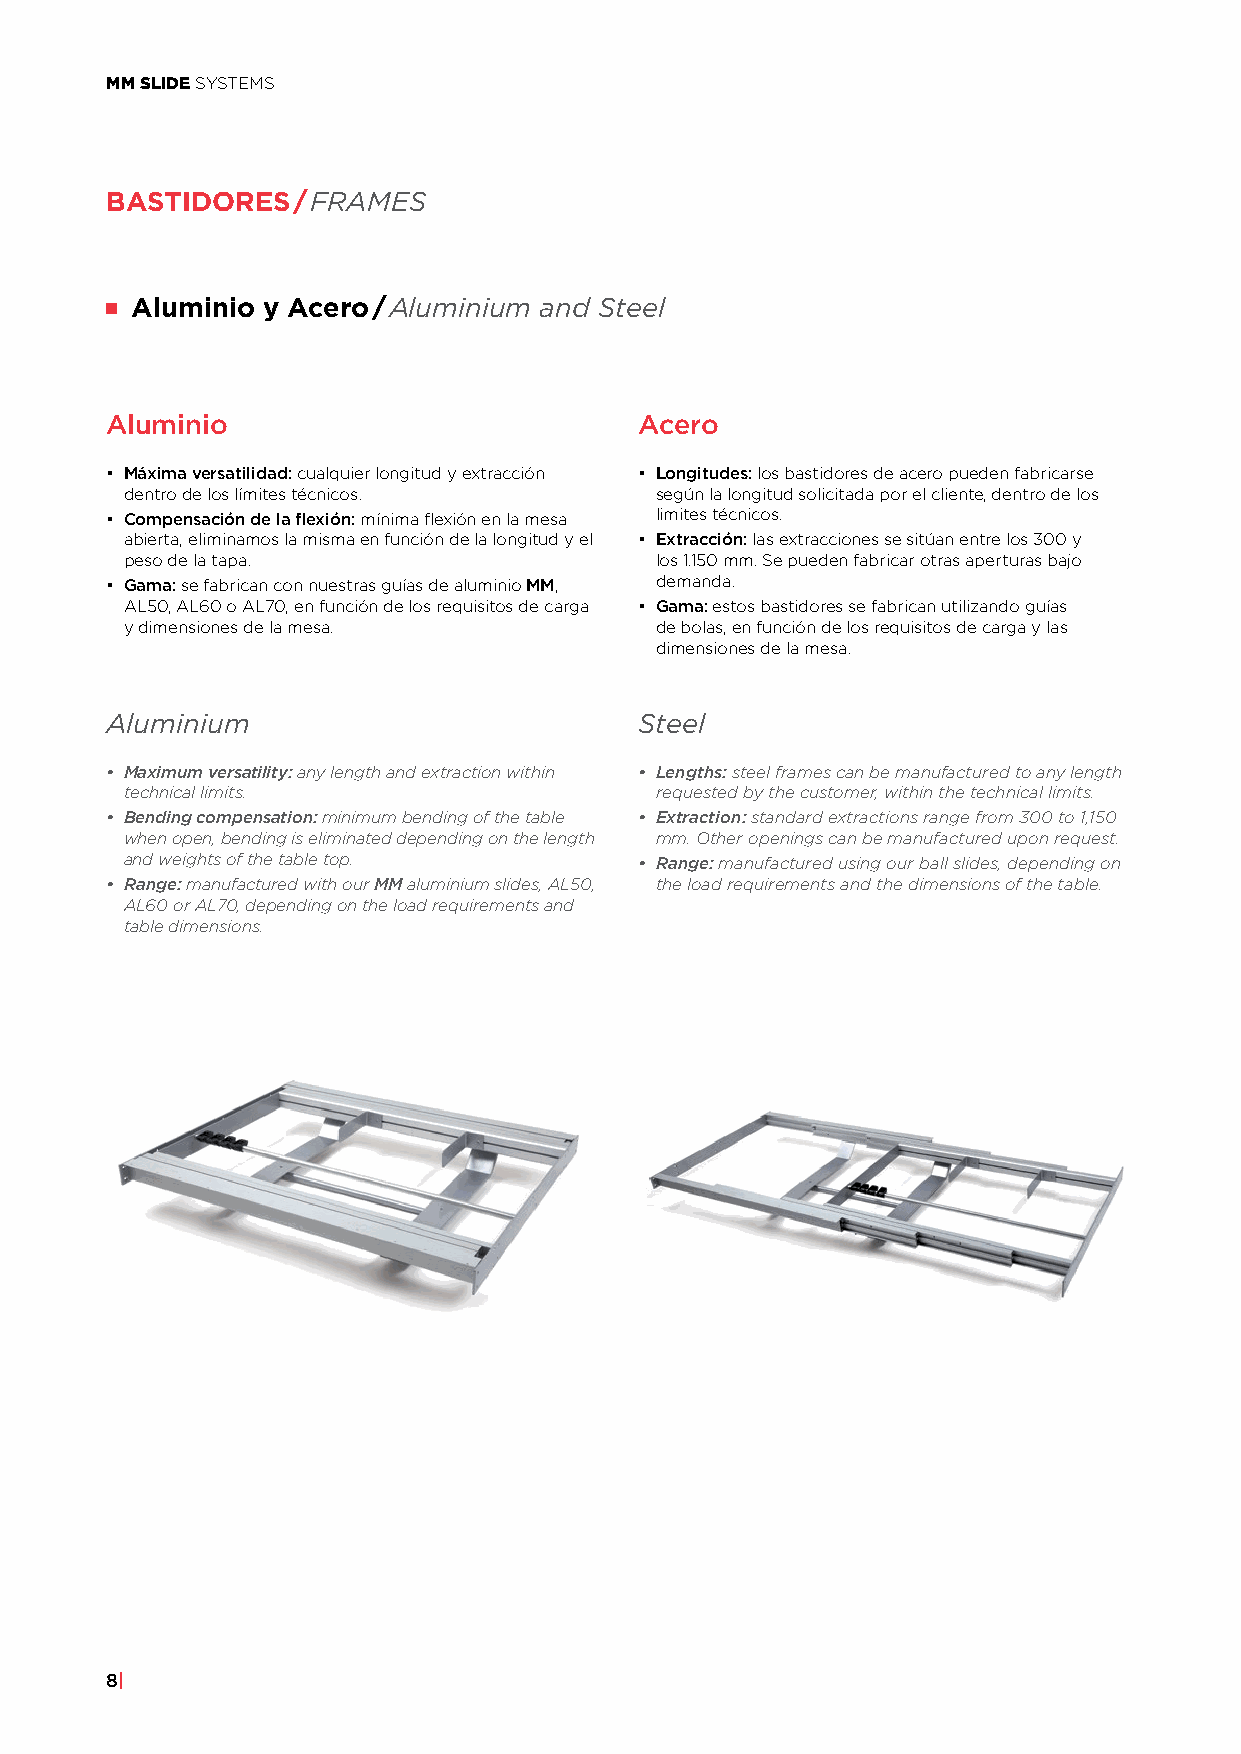
MM SLIDE SYSTEMS
 BASTIDORES/FRAMES
 Aluminio y Acero/Aluminium and Steel
 Aluminio                           Acero
 • Máxima versatilidad: cualquier longitud y extracción • Longitudes: los bastidores de acero pueden fabricarse
 dentro de los límites técnicos.    según la longitud solicitada por el cliente, dentro de los
 • Compensación de la flexión: mínima flexión en la mesa limites técnicos.
 abierta, eliminamos la misma en función de la longitud y el • Extracción: las extracciones se sitúan entre los 300 y
 peso de la tapa.                   los 1.150 mm. Se pueden fabricar otras aperturas bajo
 • Gama: se fabrican con nuestras guías de aluminio MM, demanda.
 AL50, AL60 o AL70, en función de los requisitos de carga • Gama: estos bastidores se fabrican utilizando guías
 y dimensiones de la mesa.          de bolas, en función de los requisitos de carga y las
 dimensiones de la mesa.
 Aluminium                          Steel
 • Maximum versatility: any length and extraction within • Lengths: steel frames can be manufactured to any length
 technical limits.                  requested by the customer, within the technical limits.
 • Bending compensation: minimum bending of the table • Extraction: standard extractions range from 300 to 1,150
 when open, bending is eliminated depending on the length mm. Other openings can be manufactured upon request.
 and weights of the table top.     • Range: manufactured using our ball slides, depending on
 • Range: manufactured with our MM aluminium slides, AL50, the load requirements and the dimensions of the table.
 AL60 or AL70, depending on the load requirements and
 table dimensions.
 8|